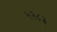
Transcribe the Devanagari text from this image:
५२८३